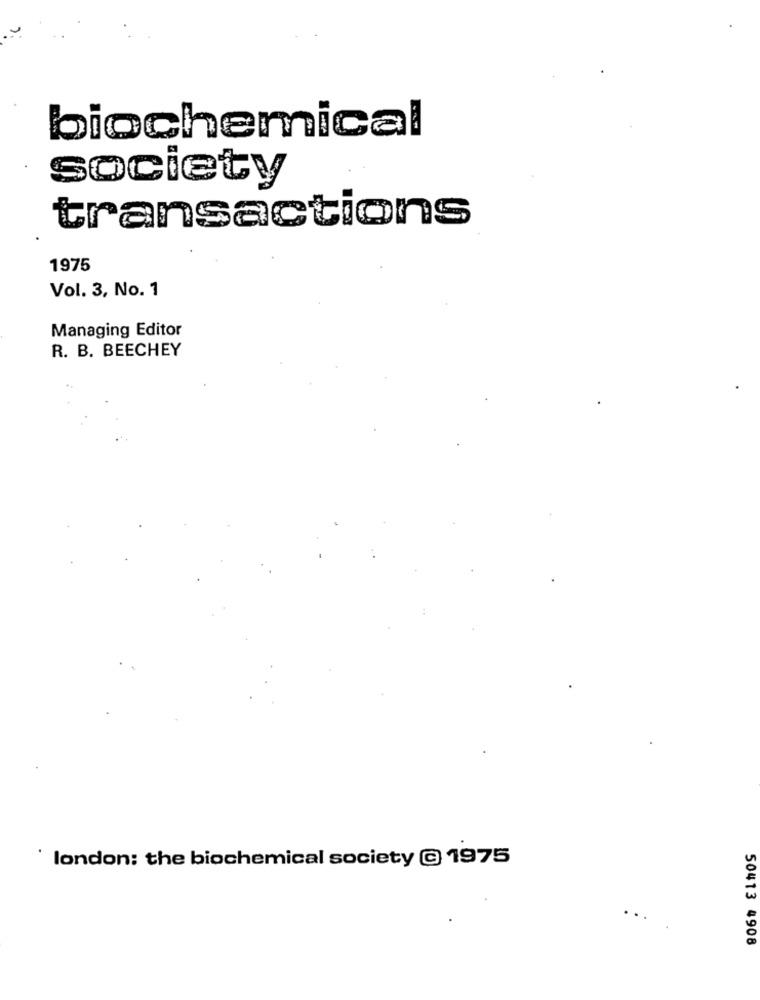
biochemical
society
transactions
1975
Vol. 3, No. 1
Managing Editor
R. B. BEECHEY
london: the biochemical society @ 1975
50413 4908